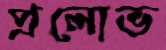
প্রলোভ